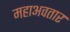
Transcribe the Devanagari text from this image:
महाअवतार